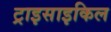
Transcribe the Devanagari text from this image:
ट्राइसाइकिल